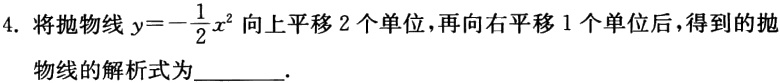
4. 将抛物线\(y = -\frac{1}{2}x^{2}\)向上平移\(2\)个单位，再向右平移\(1\)个单位后，得到的抛物线的解析式为  。